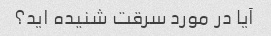
آیا در مورد سرقت شنیده اید؟